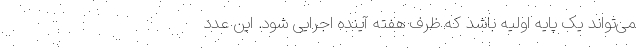
می‌تواند یک پایه اولیه باشد که ظرف هفته آینده اجرایی شود. این عدد